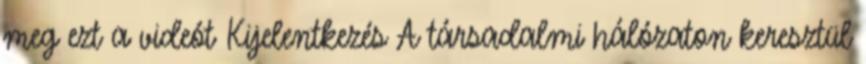
meg ezt a videót Kijelentkezés A társadalmi hálózaton keresztül